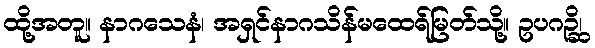
ထို့အတူ။ နာဂသေနံ၊ အရှင်နာဂသိန်မထေရ်မြတ်သို့။ ဥပဂဉ္ဆိ၊